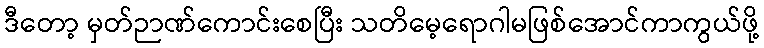
ဒီတော့ မှတ်ဉာဏ်ကောင်းစေပြီး သတိမေ့ရောဂါမဖြစ်အောင်ကာကွယ်ဖို့